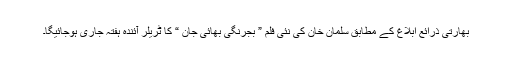
بھارتی ذرائع ابلاغ کے مطابق سلمان خان کی نئی فلم ” بجرنگی بھائی جان “ کا ٹریلر آئندہ ہفتہ جاری ہوجائیگا۔